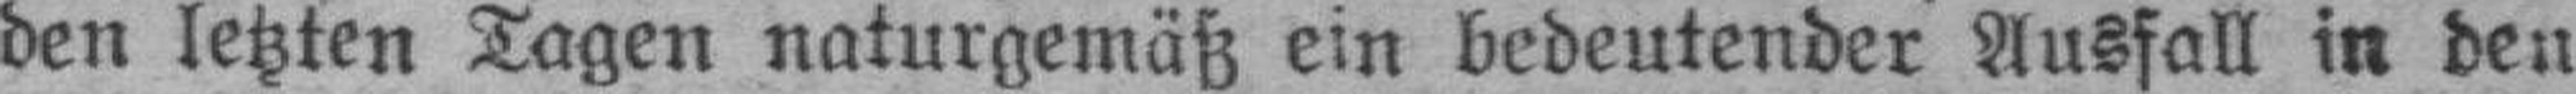
den letzten Tagen naturgemäß ein bedeutender Ausfall in den